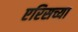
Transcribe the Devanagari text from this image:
एरिसच्या